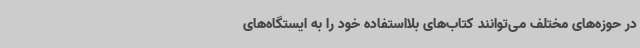
در حوزه‌های مختلف می‌توانند کتاب‌های بلااستفاده خود را به ایستگاه‌های